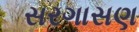
સરગાસણ